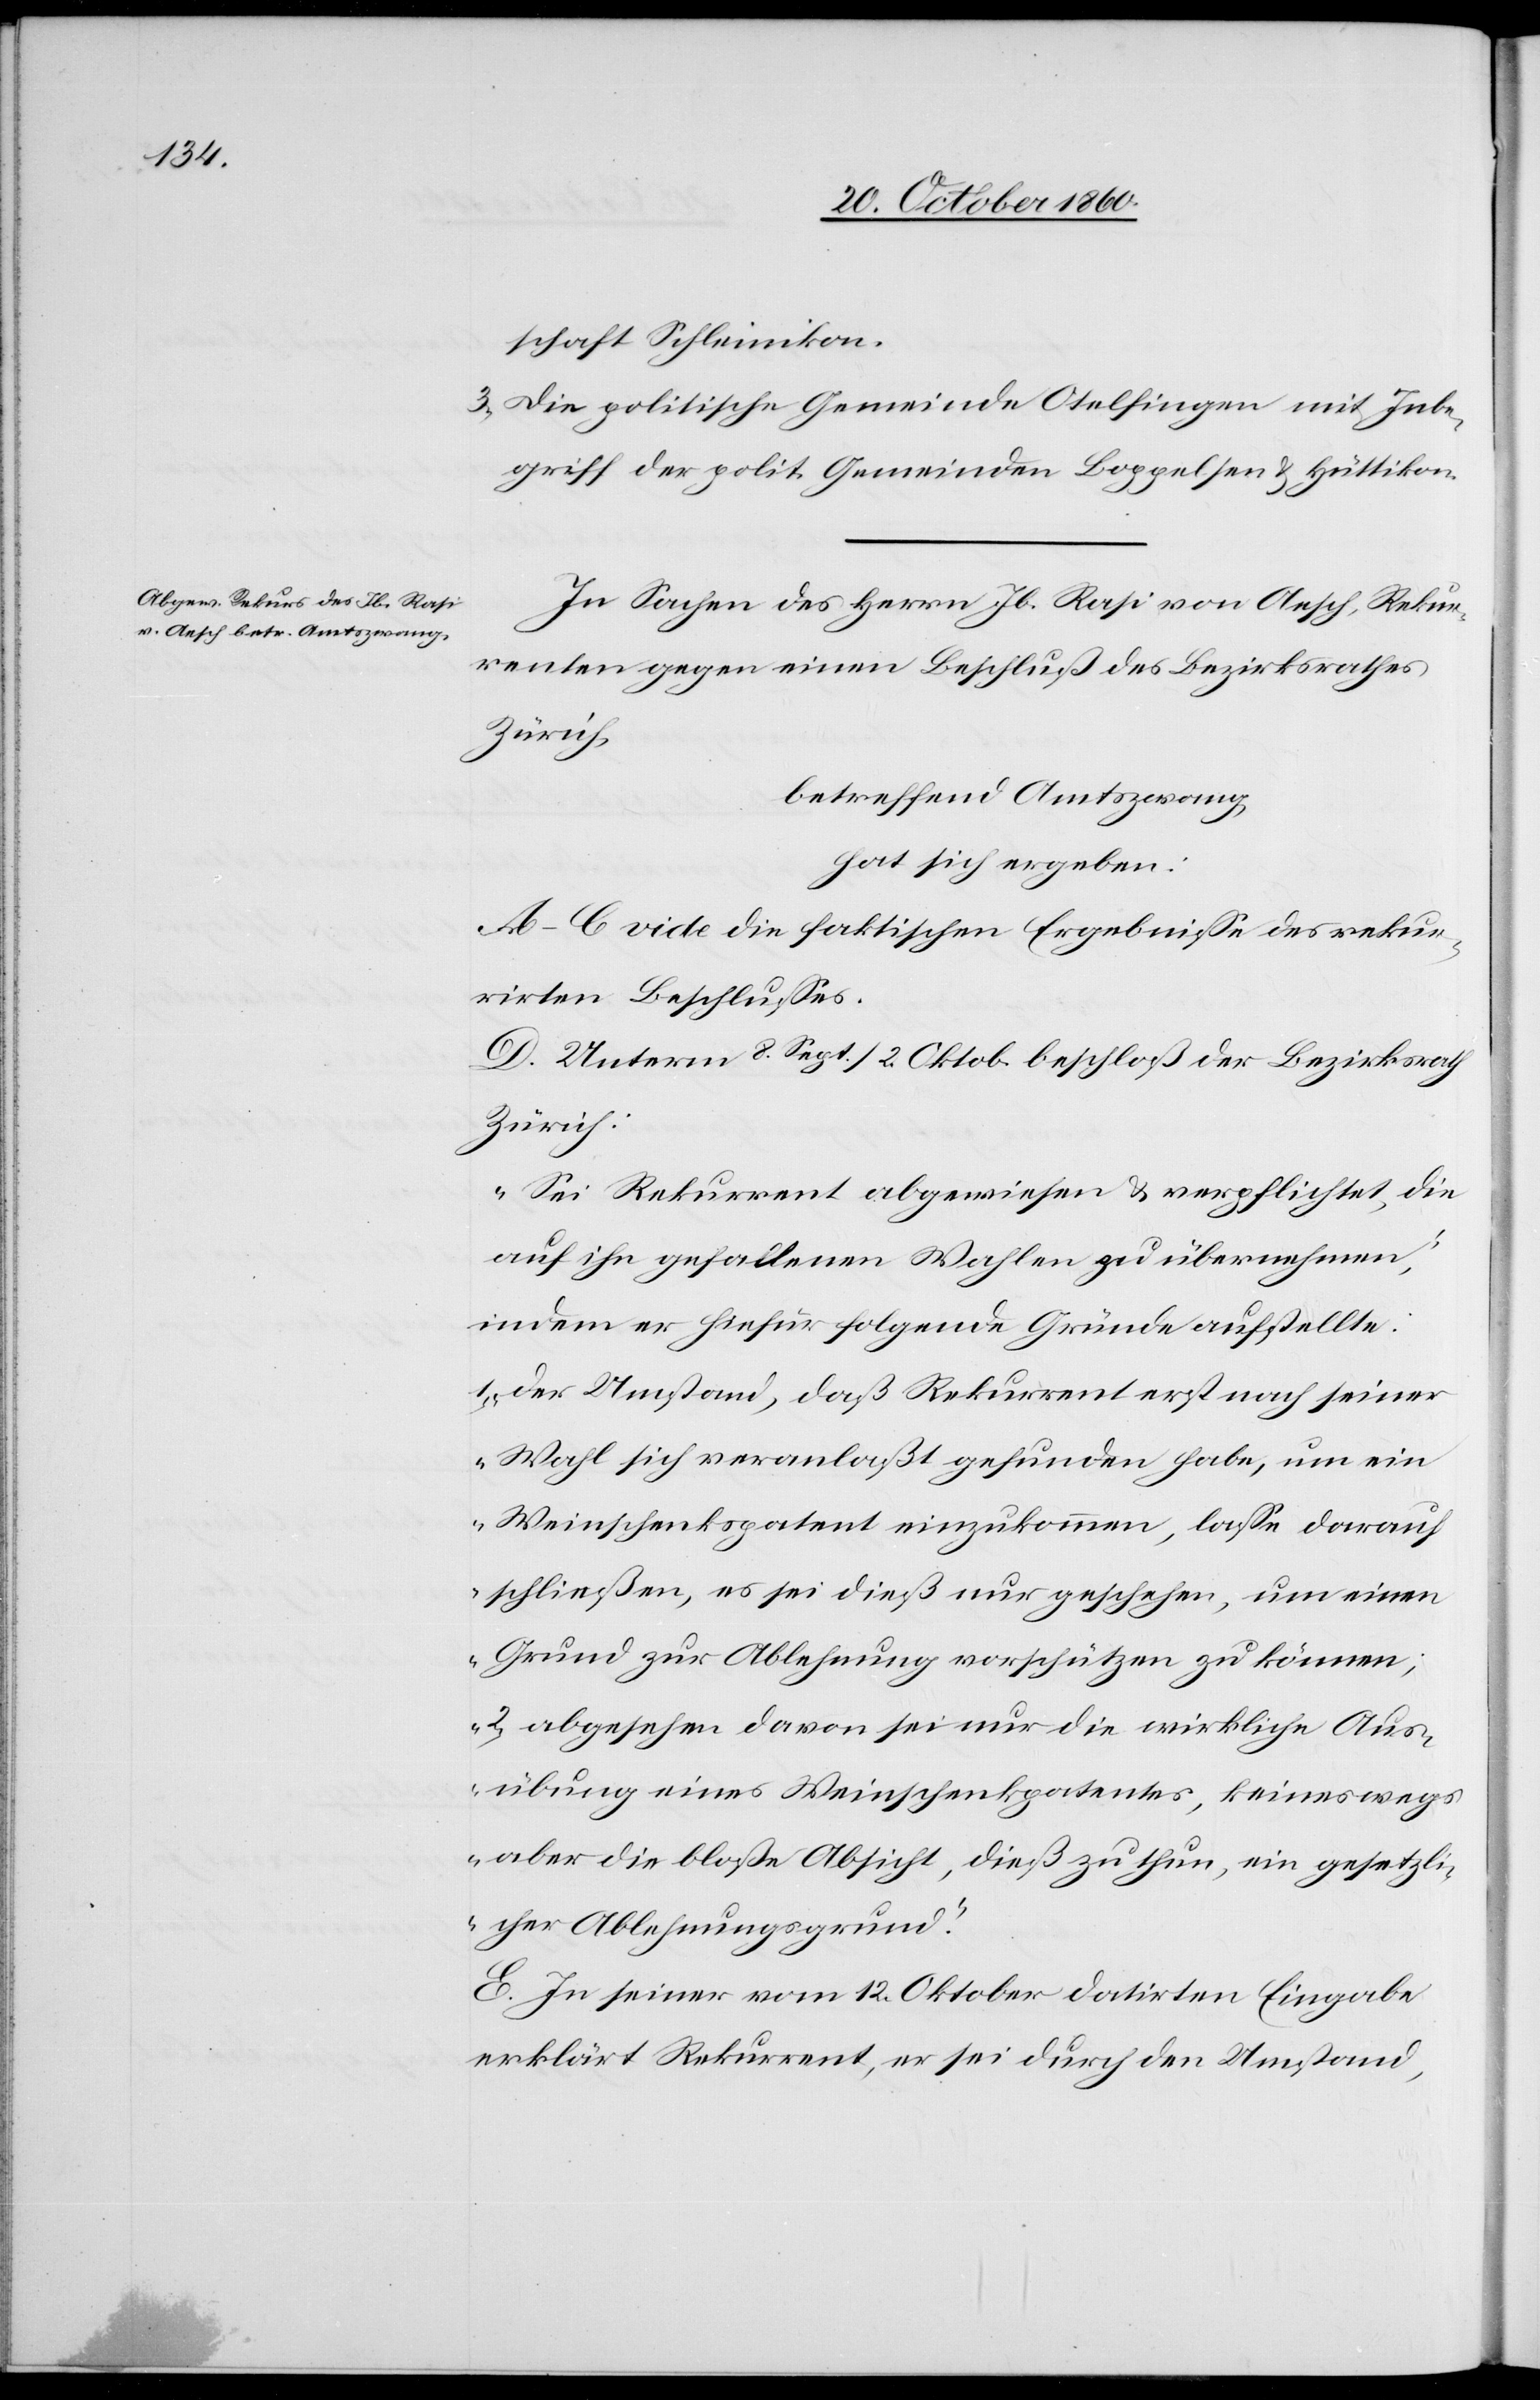
schaft Schleinikon.
3. Die politische Gemeinde Otelfingen mit Inbe¬
griff der polit. Gemeinden Boppelsen u. Hüttikon.
In Sachen des Herrn Jb. Räsi [sic!] von Aesch, Rekur¬
renten gegen einen Beschluß des Bezirksrathes
Zürich,
betreffend Amtszwang,
hat sich ergeben:
A–C vide die faktischen Ergebnisse des rekur¬
rirten Beschlußes.
D. Unterm 8. Sept. / 2. Oktob. beschloß der Bezirksrath
Zürich:
„Sei Rekurrent abgewiesen u. verpflichtet, die
auf ihn gefallenen Wahlen zu übernehmen,
indem er hiefür folgende Gründe aufstellte:
1. der Umstand, daß Rekurrent erst nach seiner
Wahl sich veranlaßt gefunden habe, um ein
Weinschenkspatent einzukommen, lasse darauf
schließen, es sei dieß nur geschehen, um einen
Grund zur Ablehnung vorschützen zu können;
2. abgesehen davon sei nur die wirkliche Aus¬
übung eines Weinschenkpatentes, keineswegs
aber die bloße Absicht, dieß zu thun, ein gesetzli¬
cher Ablehnungsgrund.“
E. In seiner vom 12. Oktober datirten Eingabe
erklärt Rekurrent, er sei durch den Umstand,